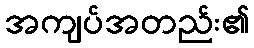
အကျပ်အတည်း၏